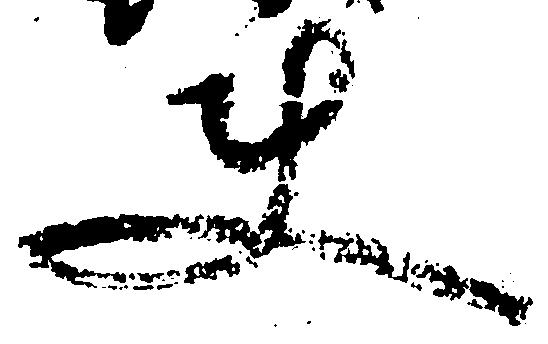
使